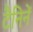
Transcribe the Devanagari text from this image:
टैनिनें